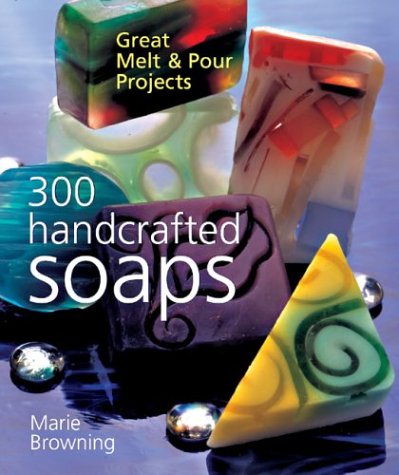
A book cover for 300 Handcrafted Soaps: Great Melt & Pour Projects; Marie Browning; Crafts, Hobbies & Home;